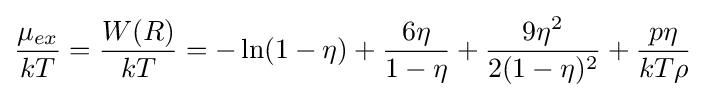
{\frac {\mu _{ex}}{kT}}={\frac {W(R)}{kT}}=-\ln(1-\eta )+{\frac {6\eta }{1-\eta }}+{\frac {9\eta ^{2}}{2(1-\eta )^{2}}}+{\frac {p\eta }{kT\rho }}